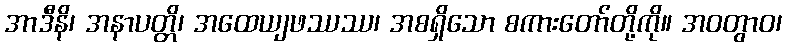
အာဒီနိ၊ အနာပတ္တိ၊ အထေယျဖဿဿ၊ အစရှိသော စကားတော်တို့ကို။ အဝတွာဝ၊